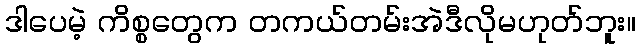
ဒါပေမဲ့ ကိစ္စတွေက တကယ်တမ်းအဲဒီလိုမဟုတ်ဘူး။